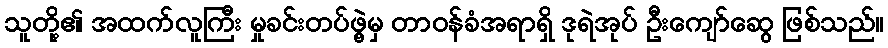
သူတို့၏ အထက်လူကြီး မှုခင်းတပ်ဖွဲ့မှ တာဝန်ခံအရာရှိ ဒုရဲအုပ် ဦးကျော်ဆွေ ဖြစ်သည်။